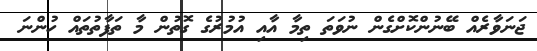
ޖަނަވާރެއް ބޭނުންކޮށްގެން ނުވަތަ ތިމާ އާއި އުމުރުގެ ގޮތުން މާ ތަފާތުތައް ހުންނަ